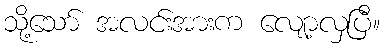
သို့သော် အလင်းအားက လျော့လှပြီ။